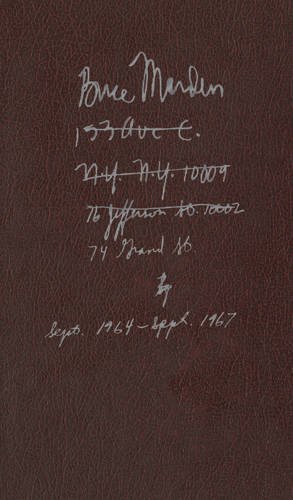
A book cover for Brice Marden: Notebook Sept. 1964-Sept. 1967; Arts & Photography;